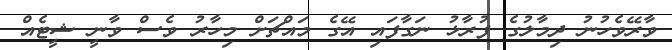
ވާރޭވެހުނު ދިމާލުގެ ފުރާޅު ނަގާފައި އޭގެ މައްޗަށް މިހާރު ވެސް ވާނީ ޝީޓެއް